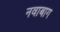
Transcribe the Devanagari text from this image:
नवाबाग